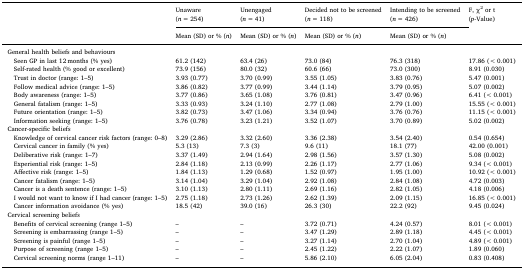
<table><thead><tr><td rowspan="2"></td><td><b>Unaware(<i>n</i> = 254)</b></td><td><b>Unengaged(<i>n</i> = 41)</b></td><td><b>Decided not to be screened(<i>n</i> = 118)</b></td><td><b>Intending to be screened(<i>n</i> = 426)</b></td><td rowspan="2"><b>F, χ<sup>2</sup> or t(<i>p</i>-Value)</b></td></tr><tr><td><b>Mean (SD) or % (<i>n</i>)</b></td><td><b>Mean (SD) or % (<i>n</i>)</b></td><td><b>Mean (SD) or % (<i>n</i>)</b></td><td><b>Mean (SD) or % (<i>n</i>)</b></td></tr></thead><tbody><tr><td colspan="6">General health beliefs and behaviours</td></tr><tr><td> Seen GP in last 12 months (% yes)</td><td>61.2 (142)</td><td>63.4 (26)</td><td>73.0 (84)</td><td>76.3 (318)</td><td>17.86 (&lt;0.001)</td></tr><tr><td> Self-rated health (% good or excellent)</td><td>73.9 (156)</td><td>80.0 (32)</td><td>60.6 (66)</td><td>73.0 (300)</td><td>8.91 (0.030)</td></tr><tr><td> Trust in doctor (range: 1–5)</td><td>3.93 (0.77)</td><td>3.70 (0.99)</td><td>3.55 (1.05)</td><td>3.83 (0.76)</td><td>5.47 (0.001)</td></tr><tr><td> Follow medical advice (range: 1–5)</td><td>3.86 (0.82)</td><td>3.77 (0.99)</td><td>3.44 (1.14)</td><td>3.79 (0.95)</td><td>5.07 (0.002)</td></tr><tr><td> Body awareness (range: 1–5)</td><td>3.77 (0.86)</td><td>3.65 (1.08)</td><td>3.76 (0.81)</td><td>3.47 (0.96)</td><td>6.41 (&lt;0.001)</td></tr><tr><td> General fatalism (range: 1–5)</td><td>3.33 (0.93)</td><td>3.24 (1.10)</td><td>2.77 (1.08)</td><td>2.79 (1.00)</td><td>15.55 (&lt;0.001)</td></tr><tr><td> Future orientation (range: 1–5)</td><td>3.82 (0.73)</td><td>3.47 (1.06)</td><td>3.34 (0.94)</td><td>3.76 (0.76)</td><td>11.15 (&lt;0.001)</td></tr><tr><td> Information seeking (range: 1–5)</td><td>3.76 (0.78)</td><td>3.23 (1.21)</td><td>3.52 (1.07)</td><td>3.70 (0.89)</td><td>5.02 (0.002)</td></tr><tr><td colspan="6">Cancer-specific beliefs</td></tr><tr><td> Knowledge of cervical cancer risk factors (range: 0–8)</td><td>3.29 (2.86)</td><td>3.32 (2.60)</td><td>3.36 (2.38)</td><td>3.54 (2.40)</td><td>0.54 (0.654)</td></tr><tr><td> Cervical cancer in family (% yes)</td><td>5.3 (13)</td><td>7.3 (3)</td><td>9.6 (11)</td><td>18.1 (77)</td><td>42.00 (0.001)</td></tr><tr><td> Deliberative risk (range: 1–7)</td><td>3.37 (1.49)</td><td>2.94 (1.64)</td><td>2.98 (1.56)</td><td>3.57 (1.30)</td><td>5.08 (0.002)</td></tr><tr><td> Experiential risk (range: 1–5)</td><td>2.84 (1.18)</td><td>2.13 (0.99)</td><td>2.26 (1.17)</td><td>2.77 (1.06)</td><td>9.34 (&lt;0.001)</td></tr><tr><td> Affective risk (range: 1–5)</td><td>1.84 (1.13)</td><td>1.29 (0.68)</td><td>1.52 (0.97)</td><td>1.95 (1.00)</td><td>10.92 (&lt;0.001)</td></tr><tr><td> Cancer fatalism (range: 1–5)</td><td>3.14 (1.04)</td><td>3.29 (1.04)</td><td>2.92 (1.08)</td><td>2.84 (1.08)</td><td>4.72 (0.003)</td></tr><tr><td> Cancer is a death sentence (range: 1–5)</td><td>3.10 (1.13)</td><td>2.80 (1.11)</td><td>2.69 (1.16)</td><td>2.82 (1.05)</td><td>4.18 (0.006)</td></tr><tr><td> I would not want to know if I had cancer (range: 1–5)</td><td>2.75 (1.18)</td><td>2.73 (1.26)</td><td>2.62 (1.39)</td><td>2.09 (1.15)</td><td>16.85 (&lt;0.001)</td></tr><tr><td> Cancer information avoidance (% yes)</td><td>18.5 (42)</td><td>39.0 (16)</td><td>26.3 (30)</td><td>22.2 (92)</td><td>9.45 (0.024)</td></tr><tr><td colspan="6">Cervical screening beliefs</td></tr><tr><td> Benefits of cervical screening (range 1–5)</td><td>–</td><td>–</td><td>3.72 (0.71)</td><td>4.24 (0.57)</td><td>8.01 (&lt;0.001)</td></tr><tr><td> Screening is embarrassing (range 1–5)</td><td>–</td><td>–</td><td>3.47 (1.29)</td><td>2.89 (1.18)</td><td>4.45 (&lt;0.001)</td></tr><tr><td> Screening is painful (range 1–5)</td><td>–</td><td>–</td><td>3.27 (1.14)</td><td>2.70 (1.04)</td><td>4.89 (&lt;0.001)</td></tr><tr><td> Purpose of screening (range 1–5)</td><td>–</td><td>–</td><td>2.45 (1.22)</td><td>2.22 (1.07)</td><td>1.89 (0.060)</td></tr><tr><td> Cervical screening norms (range 1–11)</td><td>–</td><td>–</td><td>5.86 (2.10)</td><td>6.05 (2.04)</td><td>0.83 (0.408)</td></tr></tbody></table>